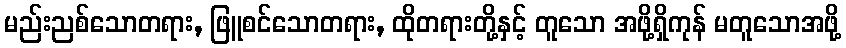
မည်းညစ်သောတရား, ဖြူစင်သောတရား, ထိုတရားတို့နှင့် တူသော အဖို့ရှိကုန် မတူသောအဖို့